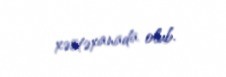
xəstəxanada olub.